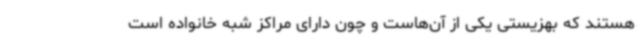
هستند که بهزیستی یکی از آن‌هاست و چون دارای مراکز شبه خانواده است